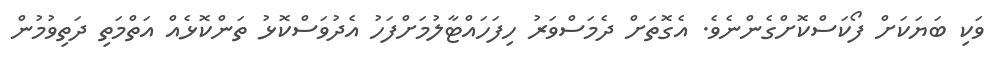
ވަކި ބަޔަކަށް ފޯކަސްކޮށްގެންނެވެ. އެގޮތަށް ދެމަސްވަރު ހިފަހައްޓާލުމަށްފަހު އެދުވަސްކޮޅު ތަންކޮޅެއް އަތްމަތި ދަތިވުމުން